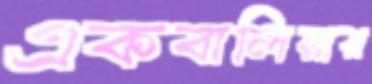
একবালিয়ার